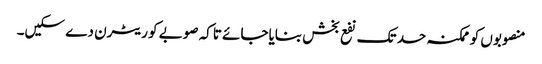
منصوبوں کو ممکنہ حد تک نفع بخش بنایاجائے تاکہ صوبے کو ریٹرن دے سکیں۔